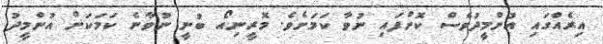
އިރެއްގައި އުންމީދުވެސް ކޮށްފައި ނުވާ ކަމަށެވެ. މޮރީނިއޯ ބުނީ ނުވާނެ ކަމަކަށް އުންމީދު